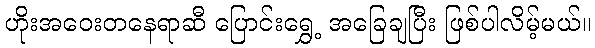
ဟိုးအဝေးတနေရာဆီ ပြောင်းရွှေ့ အခြေချပြီး ဖြစ်ပါလိမ့်မယ်။